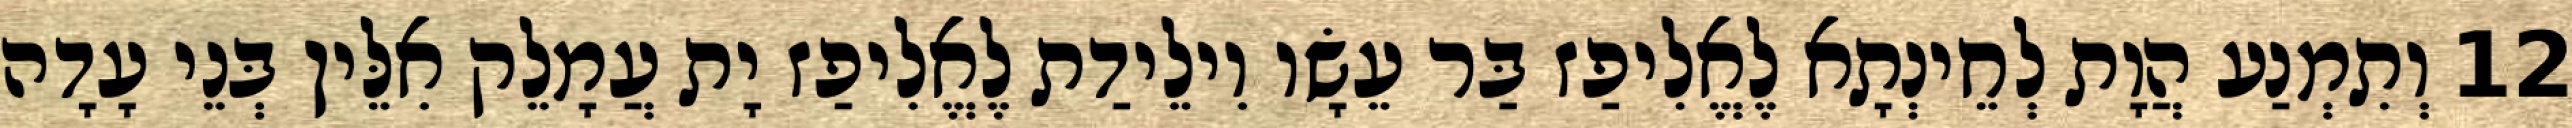
12 וְתִמְנַע הֲוָת לְחֵינְתָא לֶאֱלִיפַז בַּר עֵשָׂו וִילֵידַת לֶאֱלִיפַז יָת עֲמָלֵק אִלֵּין בְּנֵי עָדָה